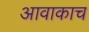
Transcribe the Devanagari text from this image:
आवाकाच